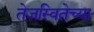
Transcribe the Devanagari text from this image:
तेजस्वितेच्या